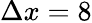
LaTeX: \Delta x=8